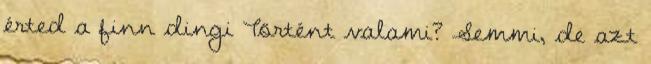
érted a finn dingi Történt valami? Semmi, de azt